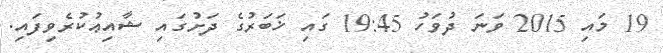
19 މައި 2015 ވަނަ ދުވަހު 19:45 ގައި ޚަބަރުގެ ދަށުގައި ޝާއިޢުކުރެވިފައި.